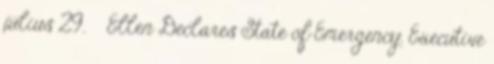
július 29. ↑ Ellen Declares State of Emergency. Executive